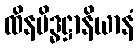
ထိနမိဒ္ဓဋ္ဌာနိယာနံ